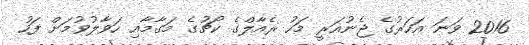
2016 ވަނަ އަހަރުގެ ޖެނުއަރީ މަހު ރެއާލްގެ ކޯޗުގެ މަގާމާއި ހަވާލުވުމަށް ފަހު